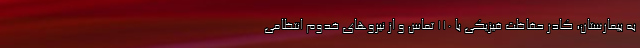
به بیمارستان، کادر حفاظت فیزیکی با ۱۱۰ تماس و از نیروهای خدوم انتظامی